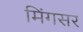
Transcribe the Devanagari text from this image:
मिंगसर